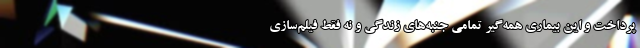
پرداخت و این بیماری همه‌گیر تمامی جنبه‌های زندگی و نه فقط فیلم‌سازی